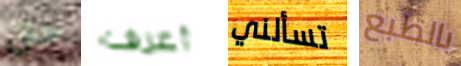
حتى أعرف تسألني بالطبع